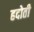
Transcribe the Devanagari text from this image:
हदोती